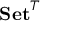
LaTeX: \mathbf { S e t } ^ { T }